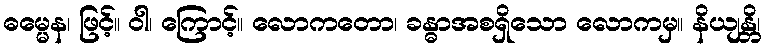
ဓမ္မေန၊ ဖြင့်။ ဝါ၊ ကြောင့်။ လောကတော၊ ခန္ဓာအစရှိသော လောကမှ။ နိယျန္တိ၊